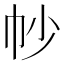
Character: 㠺